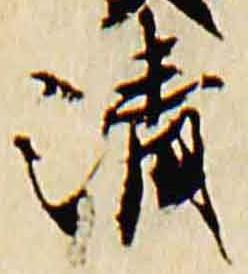
清